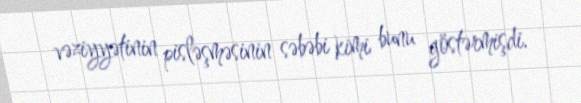
vəziyyətinin pisləşməsinin səbəbi kimi bunu göstərmişdi.